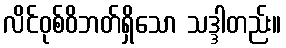
လိင်ဝုစ်ဝိဘတ်ရှိသော သဒ္ဒါတည်း။